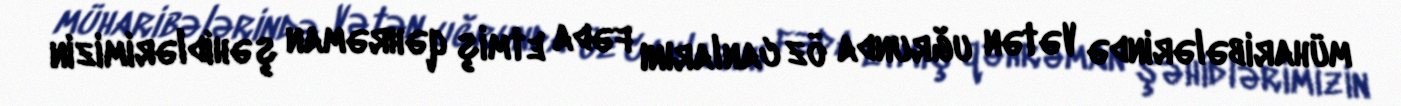
müharibələrində Vətən uğrunda öz canlarını fəda etmiş qəhrəman şəhidlərimizin